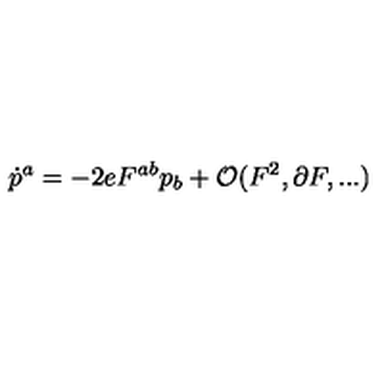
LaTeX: \dot { p } ^ { a } = - 2 e F ^ { a b } p _ { b } + { \cal O } ( F ^ { 2 } , \partial F , . . . )